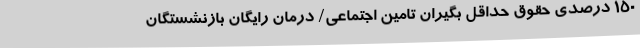
۱۵۰ درصدی حقوق حداقل بگیران تامین اجتماعی/ درمان رایگان بازنشستگان